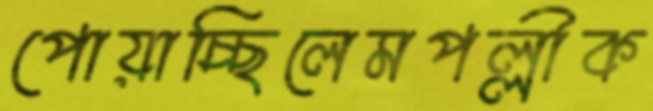
পোয়াচ্ছিলেমপল্লীক